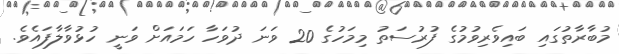
މުބާރާތުގައި ބައިވެރިވުމުގެ ފުރުސަތު މިމަހުގެ 20 ވަނަ ދުވަހާ ހަމަައަށް ވަނީ ހުޅުވާލާފައެވެ.